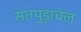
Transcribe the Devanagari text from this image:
सतपुड़ाचंल